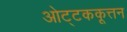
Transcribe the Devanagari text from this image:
ओट्टककूत्तन